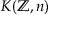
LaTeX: K ( \mathbb { Z } , n )